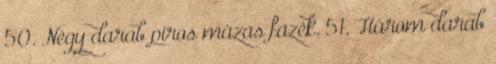
50. Négy darab piros mázas fazék. 51. Három darab